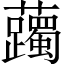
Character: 䕽